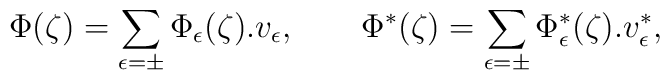
\Phi(\zeta) = \sum_{\epsilon=\pm}\Phi_\epsilon(\zeta).v_\epsilon,  \qquad  \Phi^*(\zeta)=\sum_{\epsilon=\pm}\Phi_\epsilon^*(\zeta).v_\epsilon^*,